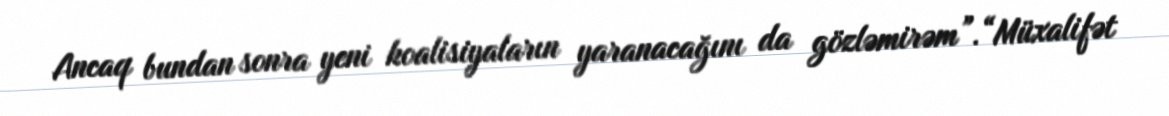
Ancaq bundan sonra yeni koalisiyaların yaranacağını da gözləmirəm”.“Müxalifət